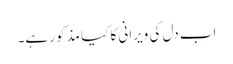
اب دل کی ویرانی کا کیا مذکور ہے۔